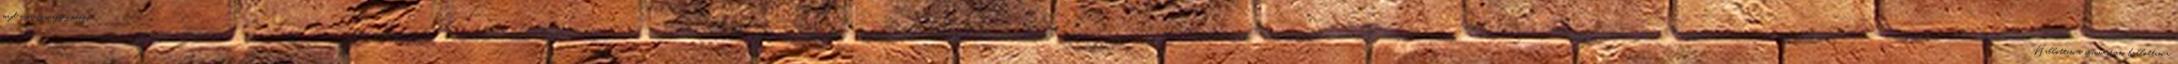
majd a párizsi egyezményt." "Hallottam a szívverésem, hallottam a